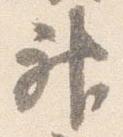
神